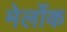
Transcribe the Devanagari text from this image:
मेर्लोक